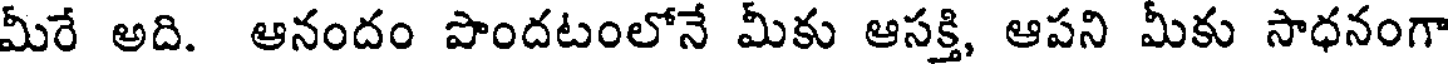
మీరే అది. ఆనందం పొందటంలోనే మీకు ఆసక్తి, ఆపని మీకు సాధనంగా